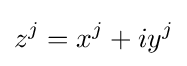
z^{j}=x^{j}+iy^{j}